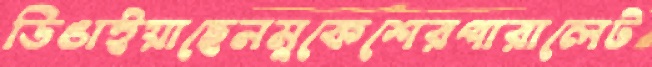
ডিঙাইয়াছেনমুকেশেরপারালেট